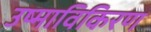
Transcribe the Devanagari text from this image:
उष्माविकिरण